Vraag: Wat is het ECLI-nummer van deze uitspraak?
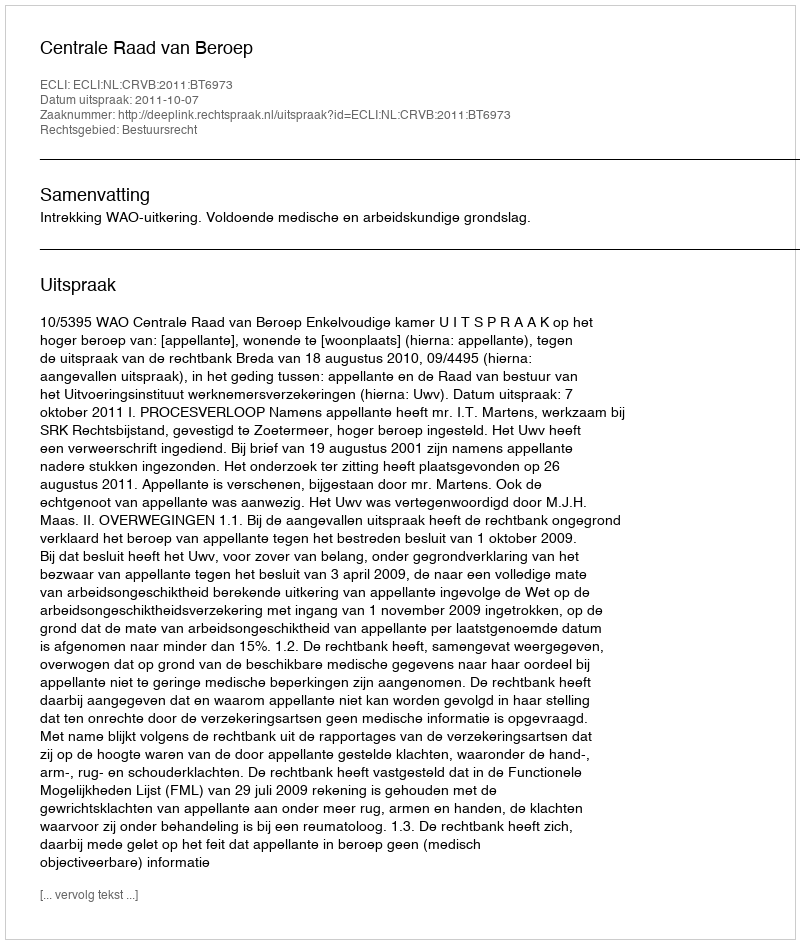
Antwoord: ECLI:NL:CRVB:2011:BT6973